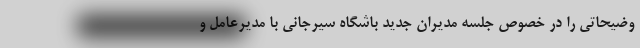
وضیحاتی را در خصوص جلسه مدیران جدید باشگاه سیرجانی با مدیرعامل و